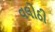
વલોઠી